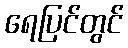
ရေပြင်တွင်